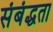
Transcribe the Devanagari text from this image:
संबंद्धता